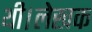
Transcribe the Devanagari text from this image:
थी।लेखक